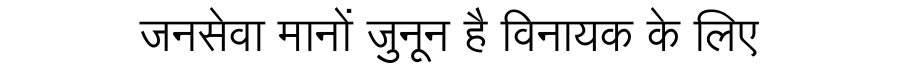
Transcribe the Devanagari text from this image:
जनसेवा मानों जुनून है विनायक के लिए